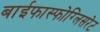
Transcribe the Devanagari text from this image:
बाईफास्फोग्लिसरेट